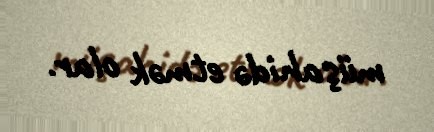
müşahidə etmək olar.